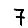
Digit: 7